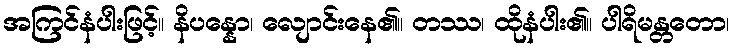
အကြင်နံပါးဖြင့်။ နိပန္နော၊ လျောင်းနေ၏။ တဿ၊ ထိုနံပါး၏။ ပါရိမန္တတော၊